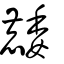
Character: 䴧